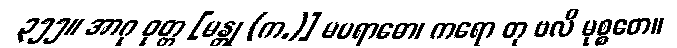
၃၅၅။ အာဂု ဝုတ္တ [မန္တု (က.)] မပရာဓော၊ ကရော တု ဗလိ မုစ္စတေ။